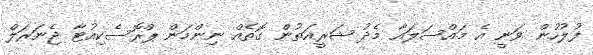
ފުލުހުން ވަނީ އެ މައްސަލައާ މެދު ޝަރީއަތުން ގޮތެއް ނިންމަން ޕްރޮސެކިއުޓާ ޖެނަރަލް